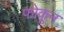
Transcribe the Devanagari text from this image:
फोकून